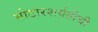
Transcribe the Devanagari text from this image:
मोटारशर्यतीची